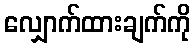
လျှောက်ထားချက်ကို